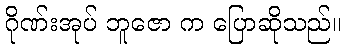
ဂိုဏ်းအုပ် ဘူဇော က ပြောဆိုသည်။